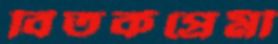
বিতর্কপ্রেমী